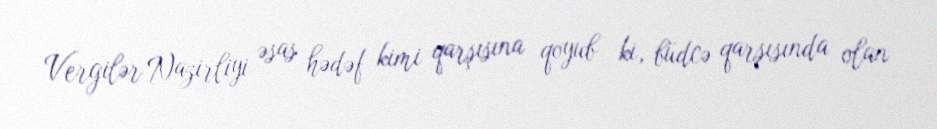
Vergilər Nazirliyi əsas hədəf kimi qarşısına qoyub ki, büdcə qarşısında olan